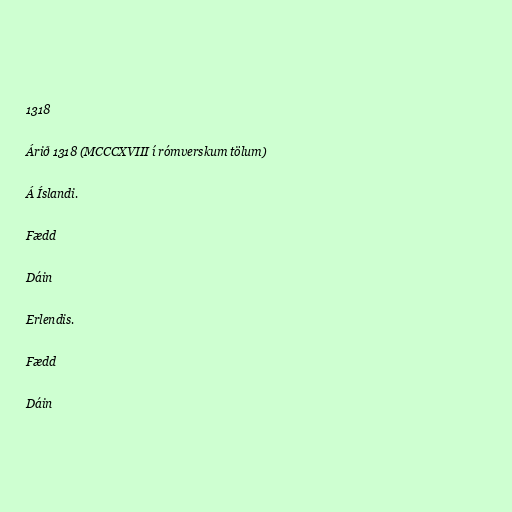
1318

Árið 1318 (MCCCXVIII í rómverskum tölum)

Á Íslandi.

Fædd

Dáin

Erlendis.

Fædd

Dáin